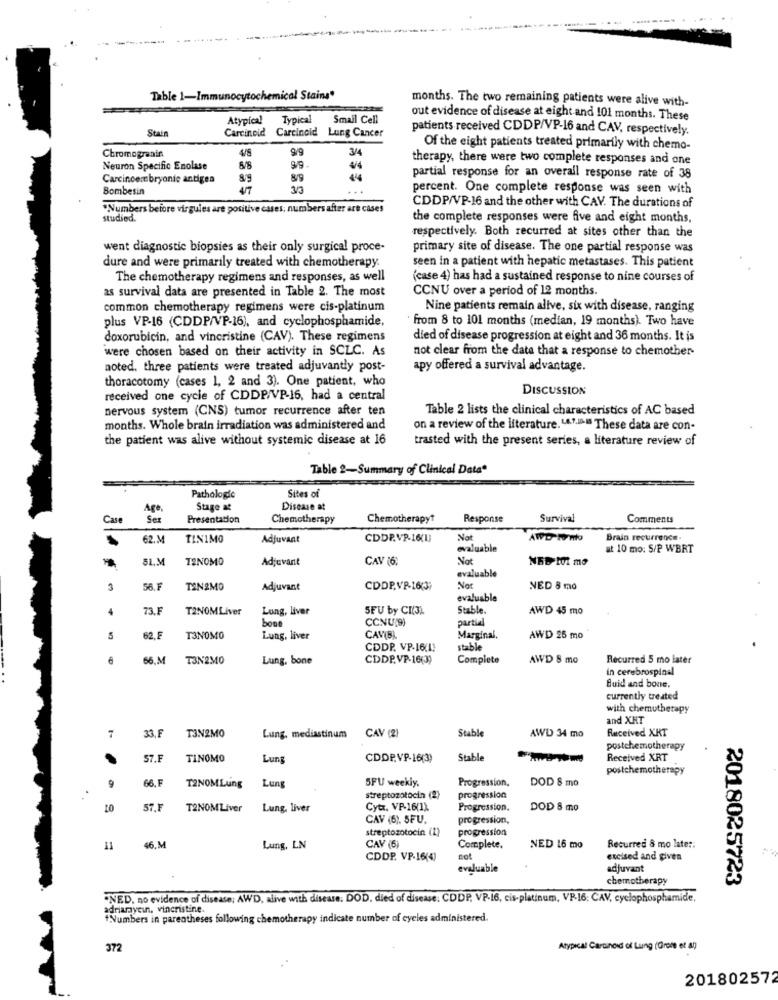
Table 1-Immunocytochemical Stains"
months. The two remaining patients were alive with-
Atypical
Typical
Small Cell
out evidence of disease at eight and 101 months. These
Stain
Carcinoid
patients received CDDP/VP-16 and CAV, respectively.
Carcinoid Lung Cancer
4/S
9/9
3/4
Of the eight patients treated primarily with chemo-
Chromogranin
therapy, there were two complete responses and one
Neuron Specific Enolase
8/5
99
4/4
Carcinoembryonic antigen
89
8/9
4
partial response for an overall response rate of 38
Bombesin
47
...
percent. One complete response was seen with
*Numbers before virgules are positive cases; numbers after are cases
CDDP/VP-16 and the other with CAV. The durations of
studied.
the complete responses were five and eight months,
respectively. Both recurred at sites other than the
went diagnostic biopsies as their only surgical proce-
primary site of disease. The one partial response was
dure and were primarily treated with chemotherapy.
seen in a patient with hepatic metastases. This patient
The chemotherapy regimens and responses, as well
(case 4) has had a sustained response to nine courses of
as survival data are presented in Table 2. The most
CCNU over a period of 12 months.
common chemotherapy regimens were cis-platinum
Nine patients remain alive, six with disease, ranging
from 8 to 101 months (median, 19 months). Two have
plus VP-16 (CDDP/VP-16), and cyclophosphamide,
doxorubicin, and vincristine (CAV). These regimens
died of disease progression at eight and 36 months. It is
were chosen based on their activity in SCLC. As
not clear from the date that a response to chemother-
noted. three patients were treated adjuvantly post-
apy offered a survival advantage.
thoracotomy (cases 1, 2 and 3). One patient, who
DISCUSSION
received one cycle of CDDP/VP-16, had a central
nervous system (CNS) tumor recurrence after ten
Table 2 lists the clinical characteristics of AC based
months. Whole brain irradiation was administered and
on a review of the literature. LA.f.au These data are con-
the patient was alive without systemic disease at 16
trasted with the present series, a literature review of
Table 2-Summary of Clinical Data*
Pathologie
Sites of
Age,
Stage at
Disease at
Case
Ser
Presentation
Chemotherapy
Chemotherapy?
Response
Survival
Comments
62.
TINIMO
Adjuvant
CDDP.VP-16(13
Not
Brain recurrence-
evaluable
at 10 mo: S/P WBRT
5L.M
T2NOMO
Adjuvant
CAV (6;
Not
NED IL mo
evaluable
3
56.
TAN2MO
Adjuvant
CDDPVP-16(31
Nor
NED 8 mo
evaluable
4
73.
T2NOMLiver
Lung, liver
5FU by CI(3)
Stable.
AWD 45 mo
bone
CCNU(9)
partial
62.
T3NOMO
Lung, liver
CAVIB
Marginal.
AWD 26 mo
CDDP. VP-16(13
stable
56.M
T3N230
Lung, bone
CDDP.VP-16(3)
Complete
AWD 8 mo
Recurred 5 mo later
in cerebrospinal
Buid and bone.
currently treated
with chemotherapy
and XHT
33, F
Stable
Received XKT
7
T3N2MO
Lung, mediastinum
CAV (2)
AWD 34 mo
postchemotherapy
57.F
TINOMO
Lung
CDDP.VP-16(3)
Stable
Received XRT
postchemotherapy
66.F
Lung
Progression,
DOD & mo
9
T2NOMLung
5FU weekly.
streptozotocin (2)
progression
10
57.F
T2NOMLiver
Lung, liver
Cytx. VP-16(1)
Progression.
DOD 8 mo
CAV (6), SFU,
progression,
streptozotocin (L)
progression
11
46.M
Lung, LN
CAV (6)
Complete.
NED 16 mo
Recurred & mo later:
CDDP. VP-16(4)
sot
excited and given
valuable
adjuvant
chemotherapy
2018025723
"NED, no evidence of disease; AWD, alive with disease. DOD, died of disease: CDDP, VP-16, cis-platinum, VP-16: CAV, cyclophosphamide,
adriamycin, vincristine.
"Numbers in parentheses following chemotherapy indicate number of cycles administered.
372
Atypical Carcinoid of Lang (Grone et ap)
201802572